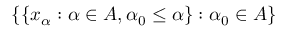
\{ \{ x _ { \alpha } : \alpha \in A , \alpha _ { 0 } \leq \alpha \} : \alpha _ { 0 } \in A \}